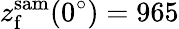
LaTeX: z_{\mathrm{f}}^{\mathrm{sam}}(0^{\circ})=965